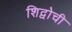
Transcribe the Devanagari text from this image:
शिद्वोची